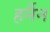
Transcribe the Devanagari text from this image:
हर्नैन